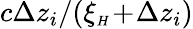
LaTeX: c\Delta z_{i}/(\xi_{{\scriptscriptstyle H}}\! +\! \Delta z_{i})